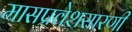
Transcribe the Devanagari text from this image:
मासप्रवेशसारणी